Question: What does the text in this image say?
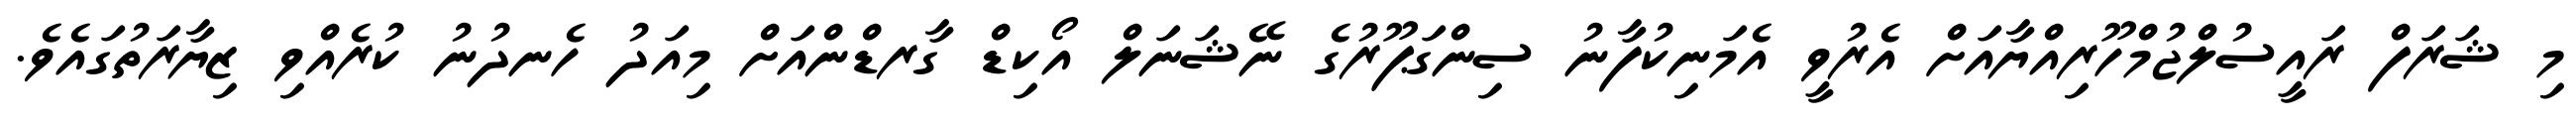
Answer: މި ޝަރަފް ރައީސުލްޖުމްހޫރިއްޔާއަށް އެރުވީ އެމަނިކުފާނު ސިންގަޕޫރުގެ ނޭޝަނަލް އޯކިޑް ގާރޑްންއަށް މިއަދު ހެނދުނު ކުރެއްވި ޒިޔާރަތުގައެވެ.